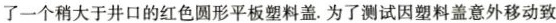
了一个稍大于井口的红色圆形平板塑料盖.为了测试因塑料盖意外移动致